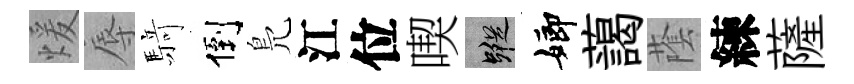
煖辱𮪍倒鳬江位喫蹤嫏藹䕃練薩